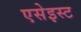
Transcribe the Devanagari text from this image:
एसेइस्ट